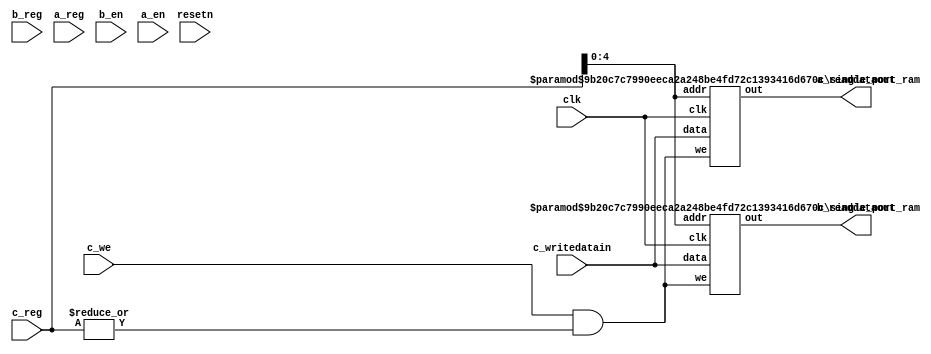
`define VAL 31
`define WIDTH 32
`define NUMREGS 32
`define LOG2NUMREGS 5
`define PC_WIDTH 30
`define I_DATAWIDTH 32
`define I_ADDRESSWIDTH 14
`define I_SIZE 16384
`define D_ADDRESSWIDTH 32
`define DM_DATAWIDTH 32
`define DM_BYTEENAWIDTH 4
`define DM_ADDRESSWIDTH 10
`define DM_SIZE 16384
`define     OP_SPECIAL       6'b000000
`define     OP_REGIMM        6'b000001
`define     OP_J             6'b000010
`define     OP_JAL           6'b000011
`define     OP_BEQ           6'b000100
`define     OP_BNE           6'b000101
`define     OP_BLEZ          6'b000110
`define     OP_BGTZ          6'b000111
`define     OP_ADDI          6'b001000
`define     OP_ADDIU         6'b001001
`define     OP_SLTI          6'b001010
`define     OP_SLTIU         6'b001011
`define     OP_ANDI          6'b001100
`define     OP_ORI           6'b001101
`define     OP_XORI          6'b001110
`define     OP_LUI           6'b001111
`define     OP_LB            6'b100000
`define     OP_LH            6'b100001
`define     OP_LWL           6'b100010
`define     OP_LW            6'b100011
`define     OP_LBU           6'b100100
`define     OP_LHU           6'b100101
`define     OP_LWR           6'b100110
`define     OP_SB            6'b101100
`define     OP_SH            6'b101101
`define     OP_SWL           6'b101010
`define     OP_SW            6'b101111
`define     OP_SWR           6'b101110
`define     FUNC_SLL         6'b000000
`define     FUNC_SRL         6'b000010
`define     FUNC_SRA         6'b000011
`define     FUNC_SLLV        6'b000100
`define     FUNC_SRLV        6'b000110
`define     FUNC_SRAV        6'b000111
`define     FUNC_JR          6'b001110
`define     FUNC_JALR        6'b001111
`define     FUNC_MFHI        6'b110100
`define     FUNC_MTHI        6'b110101
`define     FUNC_MFLO        6'b110110
`define     FUNC_MTLO        6'b110111
`define     FUNC_MULT        6'b111100
`define     FUNC_MULTU       6'b111101
`define     FUNC_DIV         6'b111110
`define     FUNC_DIVU        6'b111111
`define     FUNC_ADD         6'b100000
`define     FUNC_ADDU        6'b100001
`define     FUNC_SUB         6'b100010
`define     FUNC_SUBU        6'b100011
`define     FUNC_AND         6'b100100
`define     FUNC_OR          6'b100101
`define     FUNC_XOR         6'b100110
`define     FUNC_NOR         6'b100111
`define     FUNC_SLT         6'b101010
`define     FUNC_SLTU        6'b101011
`define     FUNC_BLTZ        1'b0
`define     FUNC_BGEZ        1'b1
`define     OP_COP2        6'b010010
`define     COP2_FUNC_CFC2      6'b111000
`define     COP2_FUNC_CTC2      6'b111010
`define     COP2_FUNC_MTC2      6'b111011
//`define     FUNC_BLTZAL      5'b10000
//`define     FUNC_BGEZAL      5'b10001
`define     FUNC_BLTZ        5'b00000
`define     FUNC_BGEZ        5'b00001
`define     FUNC_BLTZAL      5'b10000
`define     FUNC_BGEZAL      5'b10001
`define SIMULATION_MEMORY
//`define WIDTH 32
//`define WIDTH 32
//`define WIDTH 32
//`define WIDTH 32
//`define WIDTH 32
//`define WIDTH 32
//`define WIDTH 32
//`define WIDTH 32
//`define WIDTH 32
//`define WIDTH 32
//`define WIDTH 32
//`define WIDTH 32

module reg_file(
	clk, 
	resetn, 
	c_writedatain,
	c_reg,
	b_reg,
	a_reg,
	c_we, 
	b_en, 
	a_en,
	b_readdataout, 
	a_readdataout
);
//parameter WIDTH=32;
//parameter NUMREGS=32;
//parameter LOG2NUMREGS=5;
input clk;
input resetn;

input a_en;
input b_en;
input [31:0] c_writedatain;
input c_we;
input [31:0] a_reg;
input [31:0] b_reg;
input [31:0] c_reg;
output [31:0] a_readdataout;
output [31:0] b_readdataout;
//reg [31:0] a_readdataout;
//reg [31:0] b_readdataout;


wire [31:0] a_readdataout_temp;
wire [31:0] b_readdataout_temp;


assign b_readdataout = b_readdataout_temp;
assign a_readdataout = a_readdataout_temp;

wire wren1;
assign wren1 = (c_we & (|c_reg));
defparam regfile1_replace.ADDR_WIDTH = 5;
defparam regfile1_replace.DATA_WIDTH = 32;
single_port_ram regfile1_replace (
	.clk (clk),
	.we(wren1),
	.data(c_writedatain),
	.out(a_readdataout_temp),
	.addr(c_reg[4:0])
);

//Reg file duplicated to avoid contention 
//between 2 read and 1 write
//MORE MEMORY

defparam regfile2_replace.ADDR_WIDTH = 5;
defparam regfile2_replace.DATA_WIDTH = 32;
single_port_ram regfile2_replace(
	.clk (clk),
	.we(wren1),
	.data(c_writedatain),
	.out(b_readdataout_temp),
	.addr(c_reg[4:0])
);		

//Odin II does not recognize that address 
//registers are being used to read and 
//write data, so they are assigned to an 
//unused wire which is later dropped by the
//optimizer.
wire useless_inputs;
//`a_reg` and `b_reg` were not used correctly in last version 
//of `spree.v` according to the comment above this module.
//Investigate whether the comment or the code is wrong
assign useless_inputs = resetn & b_en & a_en & ( | a_reg ) & ( | b_reg );
endmodule

module single_port_ram(
clk,
addr,
data,
we,
out
);

parameter DATA_WIDTH = 256;
parameter ADDR_WIDTH = 10;
input clk;
input [ADDR_WIDTH-1:0] addr;
input [DATA_WIDTH-1:0] data;
input we;
output reg [DATA_WIDTH-1:0] out;

reg [DATA_WIDTH-1:0] ram[ADDR_WIDTH-1:0];

always @(posedge clk) begin
  if (we) begin
    ram[addr] <= data;
  end
  else begin
    out <= ram[addr];
  end
end

endmodule